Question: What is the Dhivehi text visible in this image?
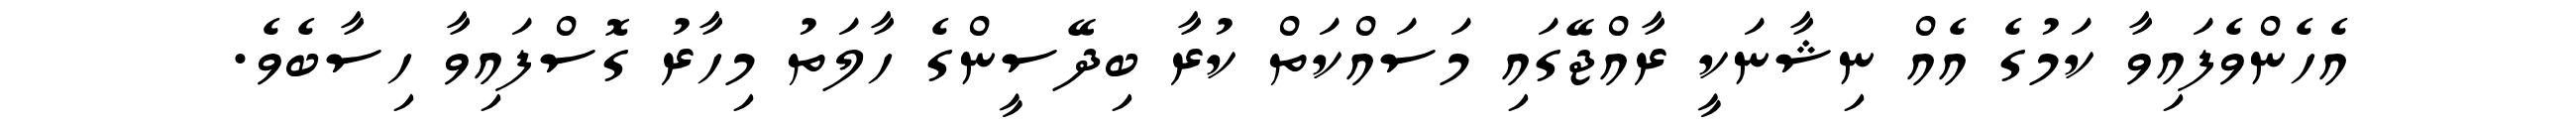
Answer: އެހެންވެފައިވާ ކަމުގެ އެއް ނިޝާނަކީ ރާއްޖޭގައި މަސައްކަތް ކުރާ ބިދޭސީންގެ ހާލަތު މިހާރު ގޮސްފައިވާ ހިސާބެވެ.